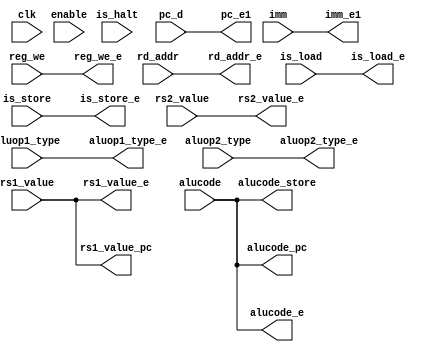
module E(input wire clk, input wire enable, input wire[31:0] pc_d,
// input wire [31:0] rs1_value, input wire [31:0] rs2_value, 
// input wire [4:0] rd_addr, input wire [31:0] imm, input wire [5:0] alucode,
// input wire [1:0] aluop1_type, input wire [1:0] aluop2_type, input wire reg_we,
// input wire is_load, input wire is_store, input wire is_halt,
// output wire is_load_e, output wire is_store_e, output wire [4:0] rd_addr_e, output wire reg_we_e,
// output wire [31:0] pc_e1, output wire [31:0] rs1_value_e, output wire [31:0] rs2_value_e, 
// output wire [31:0] imm_e1, output wire [1:0] aluop1_type_e, output wire [1:0] aluop2_type_e, 
// output wire [5:0] alucode_e, output wire [5:0] alucode_store);
//     reg [31:0] reg_pc_e;
//     reg [31:0] reg_rs1_value;
//     reg [31:0] reg_rs2_value;
//     reg [4:0] reg_rd_addr;
//     reg [31:0] reg_imm;
//     reg [5:0] reg_alucode;
//     reg [1:0] reg_aluop1_type;
//     reg [1:0] reg_aluop2_type;
//     reg reg_reg_we;
//     reg reg_load;
//     reg reg_store;

//     always @(posedge clk) begin
//         if (enable) begin
//             reg_pc_e <= pc_d;
//             reg_rs1_value <= rs1_value;
//             reg_rs2_value <= rs2_value;
//             reg_rd_addr <= rd_addr;
//             reg_imm <= imm;
//             reg_alucode <= alucode;
//             reg_aluop1_type <= aluop1_type;
//             reg_aluop2_type <= aluop2_type;
//             reg_reg_we <= reg_we;
//             reg_load <= is_load;
//             reg_store <= is_store;
//         end
//     end
//     assign pc_e1 = reg_pc_e;
//     assign rs1_value_e = reg_rs1_value;
//     assign rs2_value_e = reg_rs2_value;
//     assign rd_addr_e = reg_rd_addr;
//     assign imm_e1 = reg_imm;
//     assign alucode_e = reg_alucode;
//     assign aluop1_type_e = reg_aluop1_type;
//     assign aluop2_type_e = reg_aluop2_type;
//     assign reg_we_e = reg_reg_we;
//     assign is_load_e = reg_load;
//     assign is_store_e = reg_store;
//     assign alucode_store = reg_alucode;
// endmodule
module E(input wire[31:0] pc_d,
input wire [31:0] rs1_value, input wire [31:0] rs2_value, 
input wire [4:0] rd_addr, input wire [31:0] imm, input wire [5:0] alucode,
input wire [1:0] aluop1_type, input wire [1:0] aluop2_type, input wire reg_we,
input wire is_load, input wire is_store, input wire is_halt,
output wire is_load_e, output wire is_store_e, output wire [4:0] rd_addr_e, output wire reg_we_e,
output wire [31:0] pc_e1, output wire [31:0] rs1_value_e, output wire [31:0] rs2_value_e, 
output wire [31:0] imm_e1, output wire [1:0] aluop1_type_e, output wire [1:0] aluop2_type_e, 
output wire [5:0] alucode_e, output wire [5:0] alucode_store, output wire [5:0] alucode_pc,
output wire [31:0] rs1_value_pc);

    assign pc_e1 = pc_d;
    assign rs1_value_e = rs1_value;
    assign rs2_value_e = rs2_value;
    assign rd_addr_e = rd_addr;
    assign imm_e1 = imm;
    assign alucode_e = alucode;
    assign aluop1_type_e = aluop1_type;
    assign aluop2_type_e = aluop2_type;
    assign reg_we_e = reg_we;
    assign is_load_e = is_load;
    assign is_store_e = is_store;
    assign alucode_store = alucode;
    assign alucode_pc = alucode;
    assign rs1_value_pc = rs1_value;
endmodule